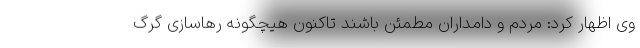
وی اظهار کرد: مردم و دامداران مطمئن باشند تاکنون هیچگونه رهاسازی گرگ